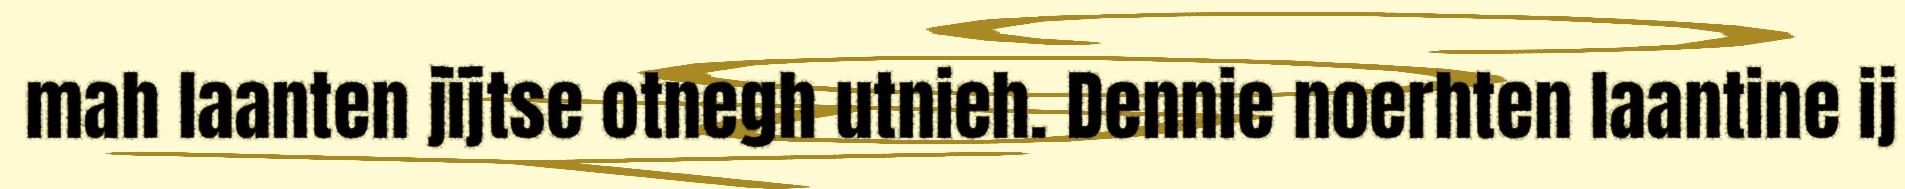
mah laanten jïjtse otnegh utnieh. Dennie noerhten laantine ij